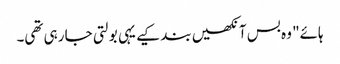
ہائے" وہ بس آنکھیں بند کیے یہی بولتی جا رہی تھی۔